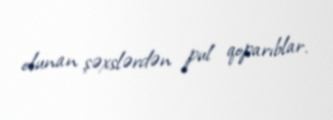
olunan şəxslərdən pul qoparıblar.